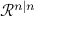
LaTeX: { \mathcal { R } } ^ { n | n }